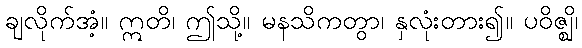
ချလိုက်အံ့။ ဣတိ၊ ဤသို့။ မနသိကတွာ၊ နှလုံးတား၍။ ပဝိဇ္ဈိ၊